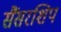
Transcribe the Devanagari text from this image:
सैंसरशिप